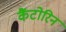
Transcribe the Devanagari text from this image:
कैंटोरिन